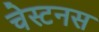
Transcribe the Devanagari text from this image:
चेस्टनस